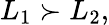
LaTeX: L_{1}\succ L_{2},